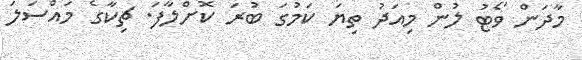
މާދަން ވޯޓު ލުން މިއަދު ތިޔަ ކަމުގަ ބުރަ ކޮށްލާފަ. ޗިކާގެ މައްސަލަ